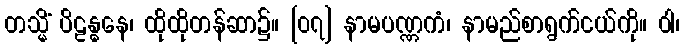
တသ္မိံ ပိဠန္ဓနေ၊ ထိုထိုတန်ဆာ၌။ [၀၇] နာမပဏ္ဏကံ၊ နာမည်စာရွက်ငယ်ကို။ ဝါ၊